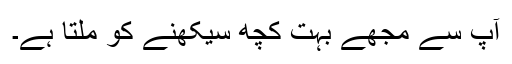
آپ سے مجھے بہت کچھ سیکھنے کو ملتا ہے۔